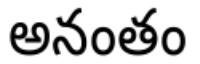
అనంతం